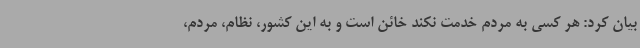
بیان کرد: هر کسی به مردم خدمت نکند خائن است و به این کشور، نظام، مردم،